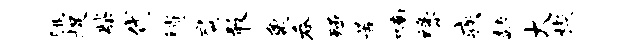
眺捉柴代稍扃敢象吞殛苦喃缘疾赫大楔